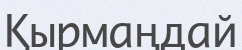
Қырмаңдай